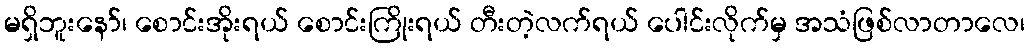
မရှိဘူးနော်၊ စောင်းအိုးရယ် စောင်းကြိုးရယ် တီးတဲ့လက်ရယ် ပေါင်းလိုက်မှ အသံဖြစ်လာတာလေ၊